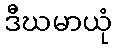
ဒီဃမာယုံ